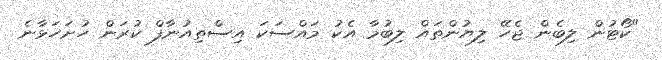
"ކޯޓުން ލިބެން ޖެހޭ ލިޔުންތައް ލިބުމާ އެކު މައްސަކަ އިސްތިއުނާފް ކުރަން ހުށަހަޅާނެ